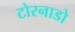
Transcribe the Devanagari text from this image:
टोरनाडो